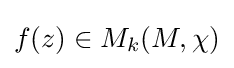
f(z)\in M_{k}(M,\chi )